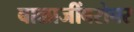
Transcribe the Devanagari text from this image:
बाळाजींबरोबर